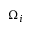
\Omega _ { i }